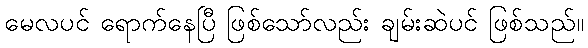
မေလပင် ရောက်နေပြီ ဖြစ်သော်လည်း ချမ်းဆဲပင် ဖြစ်သည်။